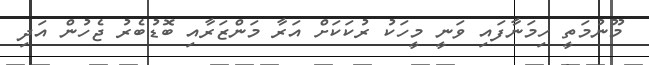
މޫނުމަތީ ހިމަނާފައި ވަނީ މީހަކު ރުކަކަށް އަރާ މަންޒަރާއި ބޮޑުބެރު ޖެހުން އަދި